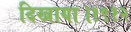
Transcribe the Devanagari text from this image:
दिखाया।१९१२